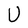
Character: U